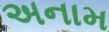
અનામ